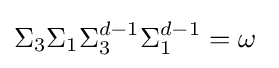
\Sigma _{3}\Sigma _{1}\Sigma _{3}^{d-1}\Sigma _{1}^{d-1}=\omega ~